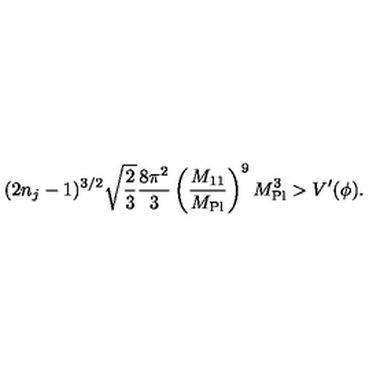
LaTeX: ( 2 n _ { j } - 1 ) ^ { 3 / 2 } \sqrt { \frac { 2 } { 3 } } \frac { 8 \pi ^ { 2 } } { 3 } \left( \frac { M _ { 1 1 } } { M _ { \mathrm { P l } } } \right) ^ { 9 } M _ { \mathrm { P l } } ^ { 3 } > V ^ { \prime } ( \phi ) .